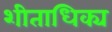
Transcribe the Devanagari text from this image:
शीताधिक्य